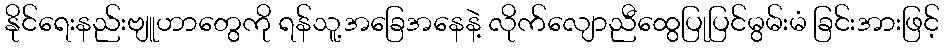
နိုင်ရေးနည်းဗျူဟာတွေကို ရန်သူ့အခြေအနေနဲ့ လိုက်လျောညီထွေပြုပြင်မွမ်းမံ ခြင်းအားဖြင့်